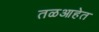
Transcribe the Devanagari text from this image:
तळआहेत